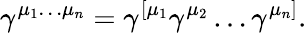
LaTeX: \gamma^{\mu_{1}\ldots\mu_{n}}=\gamma^{[\mu_{1}}\gamma^{\mu_{2}}\ldots\gamma^{\mu_{n}]}.